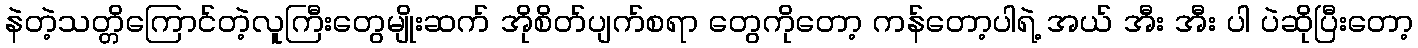
နဲတဲ့သတ္တိကြောင်တဲ့လူကြီးတွေမျိုးဆက် အိုစိတ်ပျက်စရာ တွေကိုတော့ ကန်တော့ပါရဲ့ အယ် အီး အီး ပါ ပဲဆိုပြီးတော့